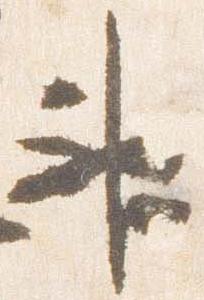
神